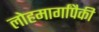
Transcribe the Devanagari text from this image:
लोहमार्गांपैकी